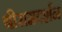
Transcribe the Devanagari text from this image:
श्रीरामदर्शन